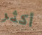
أكثر